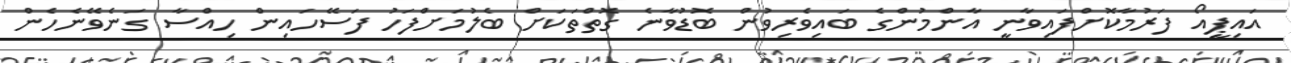
އައިޕީއޯ ފަރުމާކޮށްފައިވާނީ އާންމުންގެެ ބައިވެރިވުން ބޮޑުވާނެ ގޮތްތަކަށް ބެލުމަށްފަހު ފަސޭހައިން ހިއްސާ ގަނެވޭނެހެން